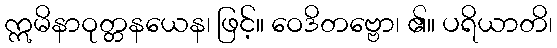
ဣမိနာဝုတ္တနယေန၊ ဖြင့်။ ဝေဒိတဗ္ဗော၊ ၏။ ပရိယာတိ၊